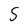
Character: 5